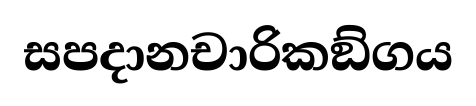
සපදානචාරිකඞ්ගය